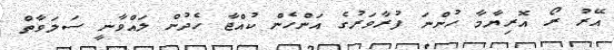
އޭރު ރޯ އޮރިޔާމާ ހުންނަ ފުރާވަރުގެ އަންހެން ކުއްޖާ ހެދުން ލައްވާނީ ސަލަވާތް